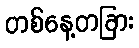
တစ်နေ့တခြား